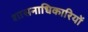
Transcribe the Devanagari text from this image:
शासनाधिकारियों